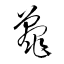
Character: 鼉